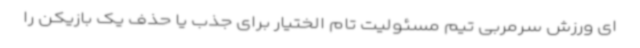
ای ورزش سرمربی تیم مسئولیت تام الختیار برای جذب یا حذف یک بازیکن را